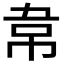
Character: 𮧯